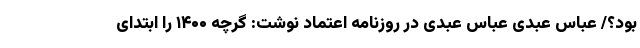
بود؟/ عباس عبدی عباس عبدی در روزنامه اعتماد نوشت: گرچه ۱۴۰۰ را ابتدای